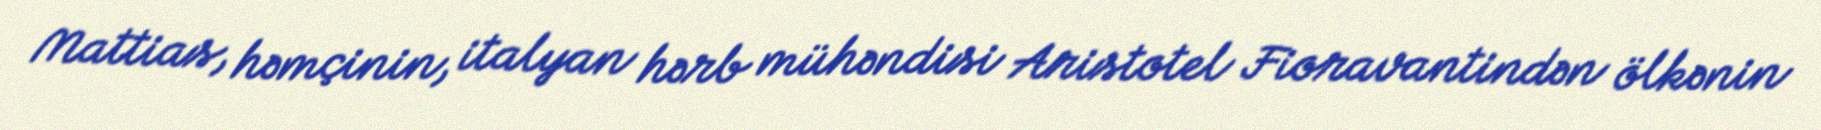
Mattias, həmçinin, italyan hərb mühəndisi Aristotel Fioravantindən ölkənin